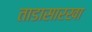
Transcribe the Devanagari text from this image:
ताडासारखा